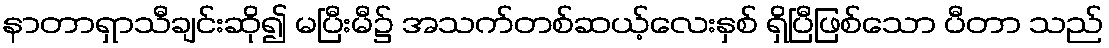
နာတာရှာသီချင်းဆို၍ မပြီးမီ၌ အသက်တစ်ဆယ့်လေးနှစ် ရှိပြီဖြစ်သော ပီတာ သည်